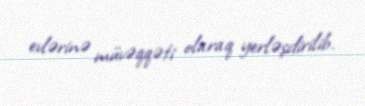
evlərinə müvəqqəti olaraq yerləşdirilib.